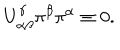
LaTeX: U _ { \alpha \beta } ^ { \gamma } \pi ^ { \beta } \pi ^ { \alpha } \equiv 0 .